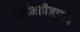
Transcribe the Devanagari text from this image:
भाईभतीजावाद